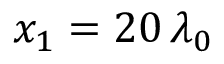
x _ { 1 } = 2 0 \, \lambda _ { 0 }